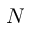
N